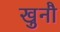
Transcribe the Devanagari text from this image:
खुनौ